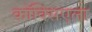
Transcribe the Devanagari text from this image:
कॉक्सिएला